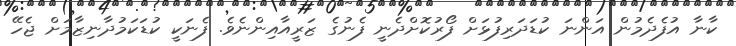
ކާނާ އުފެދެމުން އަންނަ ކުޑަދަރިފުޅަށް ފޯރުކޮށްދެނީ ފެނުގެ ޒަރީއާއިންނެވެ. ފެނަކީ ކުޑަކަމުދާނިޒާމަށް ޖެހޭ